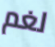
لغم